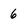
Character: 6